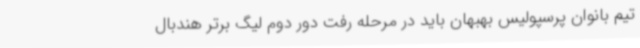
تیم بانوان پرسپولیس بهبهان باید در مرحله رفت دور دوم لیگ برتر هندبال